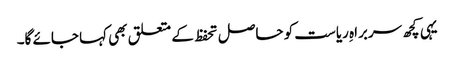
یہی کچھ سربراہِ ریاست کو حاصل تحفظ کے متعلق بھی کہا جائے گا۔